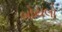
બોયલો